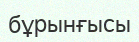
бұрынғысы